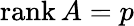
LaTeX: \operatorname{rank}A=p